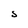
Character: S